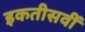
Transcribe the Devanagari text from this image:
इकतीसवीं